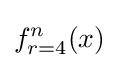
f_{r=4}^{n}(x)